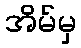
အိမ်မှ